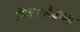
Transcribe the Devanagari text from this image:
जीवनालेख्यम्